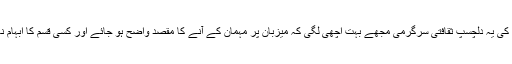
بلوچوں کی یہ دلچسپ ثقافتی سرگرمی مجھے بہت اچھی لگی کہ میزبان پر مہمان کے آنے کا مقصد واضح ہو جائے اور کسی قسم کا ابہام نہ رہے۔